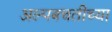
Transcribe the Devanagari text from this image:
अल्पबचतीच्या